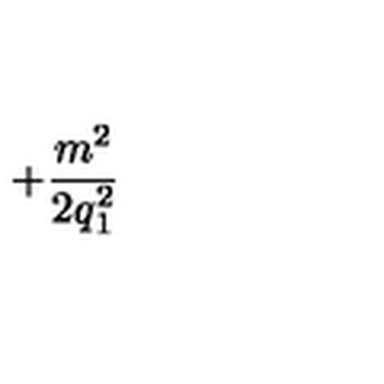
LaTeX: + \frac { m ^ { 2 } } { 2 \mathrm { } q _ { 1 } ^ { 2 } }